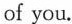
of you.